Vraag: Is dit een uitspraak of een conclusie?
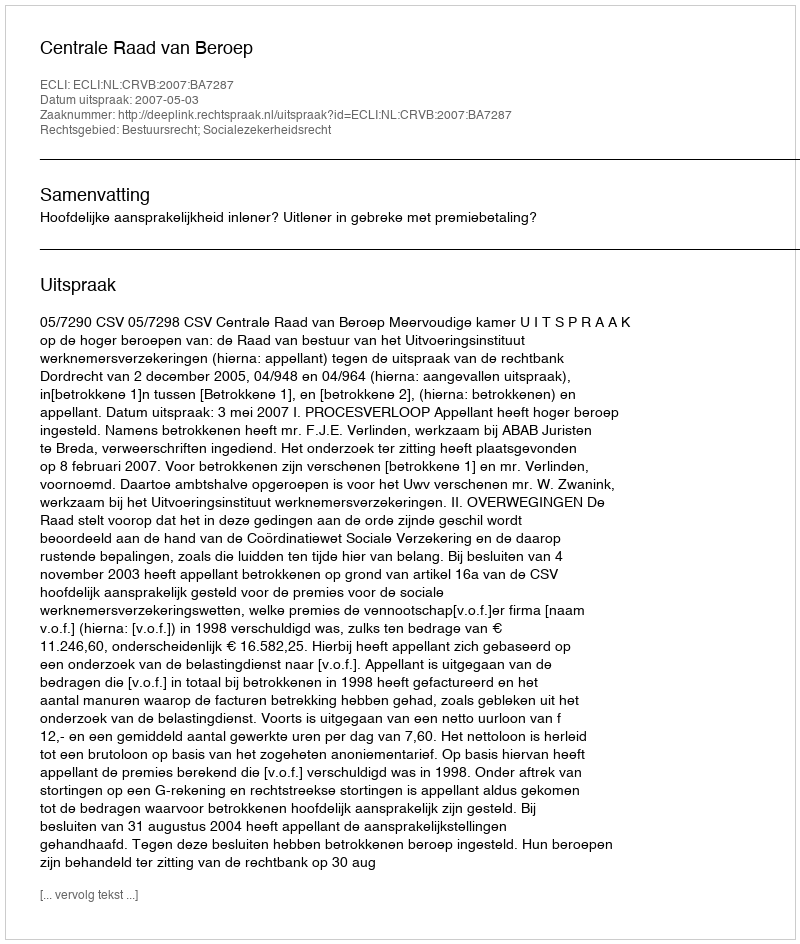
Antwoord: Uitspraak